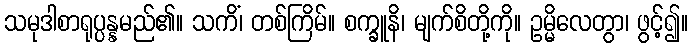
သမုဒါစာရုပ္ပန္နမည်၏။ သကိံ၊ တစ်ကြိမ်။ စက္ခူနိ၊ မျက်စိတို့ကို။ ဥမ္မိလေတွာ၊ ဖွင့်၍။